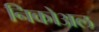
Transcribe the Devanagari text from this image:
निकोअल